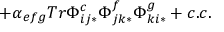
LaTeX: + \alpha _ { e f g } T r \Phi _ { i j * } ^ { c } \Phi _ { j k * } ^ { f } \Phi _ { k i * } ^ { g } + c . c .